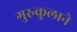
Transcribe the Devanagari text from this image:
गुरुकुलाने